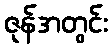
ဇုန်အတွင်း